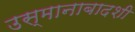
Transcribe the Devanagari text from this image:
उस्मानाबादशी